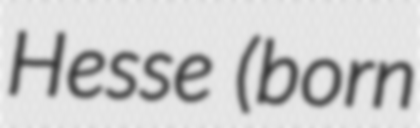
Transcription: Hesse (born